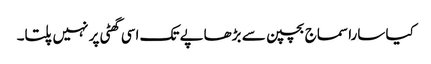
کیا سارا سماج بچپن سے بڑھاپے تک اسی گھٹی پر نہیں پلتا۔